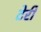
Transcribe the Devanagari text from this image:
टेर्री